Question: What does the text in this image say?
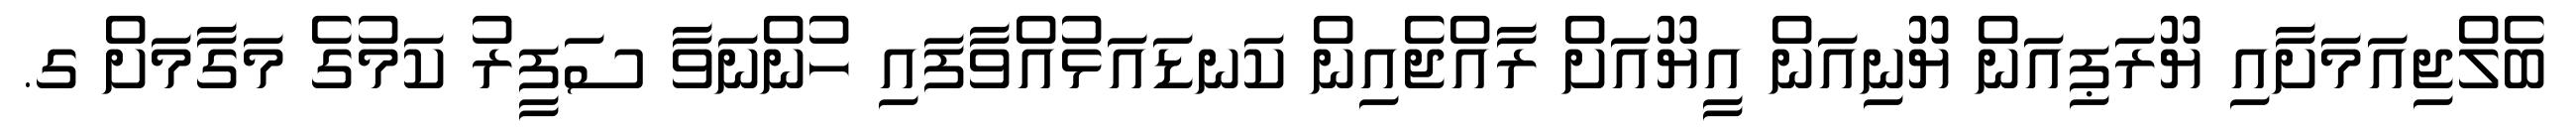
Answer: ބެލްޖިއަމަށާއި ޔޫރަޕިއަން ޔޫނިއަން އީޔޫއަށް ރާއްޖެއިން ކަނޑައަޅުއްވާފައި ހުންނަވާ ސަފީރު ކަމުގެ މަގާމަށް ގ.